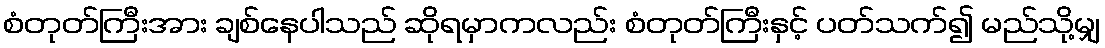
စံတုတ်ကြီးအား ချစ်နေပါသည် ဆိုရမှာကလည်း စံတုတ်ကြီးနှင့် ပတ်သက်၍ မည်သို့မျှ